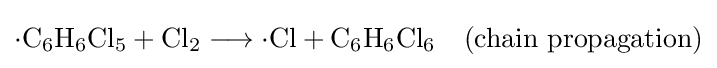
\mathrm {{\cdot }C_{6}H_{6}Cl_{5}+Cl_{2}\longrightarrow {\cdot }Cl+C_{6}H_{6}Cl_{6}\quad (chain\ propagation)}